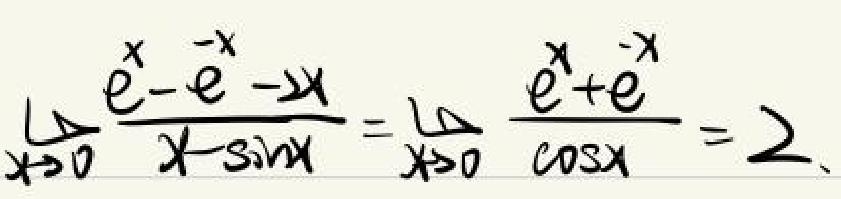
\(\lim\limits_{x\to 0}\frac{e^x - e^{-x}}{x-\sin x}=\sqrt{2}\lim\limits_{x\to 0}\frac{e^x + e^{-x}}{\cos x}=2\)